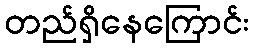
တည်ရှိနေကြောင်း